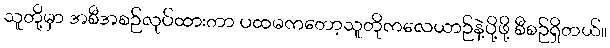
သူတို့မှာ အစီအစဉ်လုပ်ထားတာ ပထမကတော့သူတိုကလေယာဉ်နဲ့ပို့ဖို့ စီစဉ်ရှိတယ်။